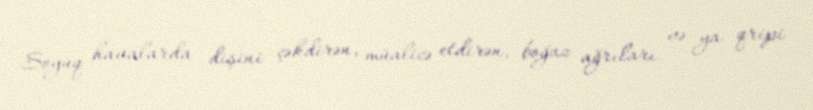
Soyuq havalarda dişini çəkdirən, müalicə etdirən, boğaz ağrıları və ya qripi